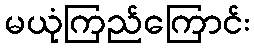
မယုံကြည်ကြောင်း